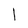
Character: 1